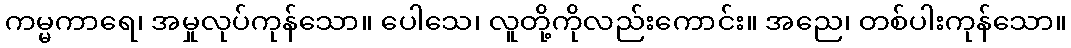
ကမ္မကာရေ၊ အမှုလုပ်ကုန်သော။ ပေါသေ၊ လူတို့ကိုလည်းကောင်း။ အညေ၊ တစ်ပါးကုန်သော။